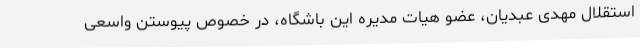
استقلال مهدی عبدیان، عضو هیات مدیره این باشگاه، در خصوص پیوستن واسعی